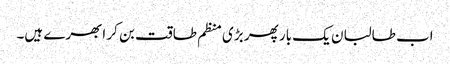
اب طالبان یک بار پھر بڑی منظم طاقت بن کر ابھرے ہیں۔